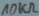
Text: 10KΩ